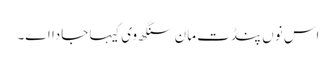
اس نوں پنڈت مان سنگھ وی کیہا جادا اے۔